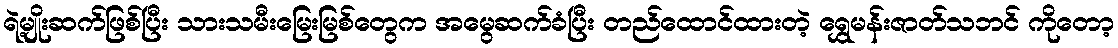
ရဲ့မျိုးဆက်ဖြစ်ပြီး သားသမီးမြေးမြစ်တွေက အမွေဆက်ခံပြီး တည်ထောင်ထားတဲ့ ရွှေမန်းဇာတ်သဘင် ကိုတော့